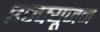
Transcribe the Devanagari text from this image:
इन्फ्यूजन